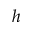
h